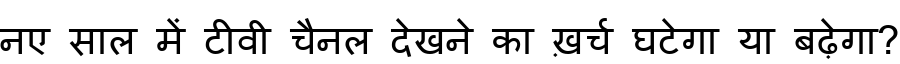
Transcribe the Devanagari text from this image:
नए साल में टीवी चैनल देखने का ख़र्च घटेगा या बढ़ेगा?